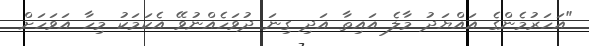
"އަހަރުމެންގެ އައްޔަދު މާލެ އައިތާ އަދި ގިނަ ދުވަހެއްނުވޭ އެކަމަކު މިހާ އަވަހަށް